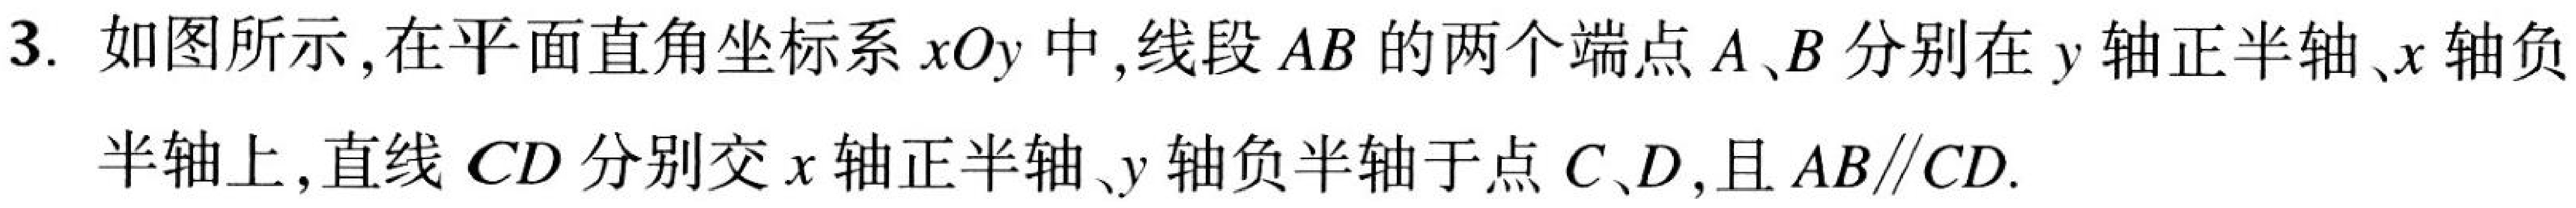
3. 如图所示,在平面直角坐标系\(xOy\)中,线段\(AB\)的两个端点\(A、B\)分别在\(y\)轴正半轴、\(x\)轴负半轴上,直线 \(CD\)分别交\(x\)轴正半轴、\(y\)轴负半轴于点 \(C、D\),且\(AB\parallel CD\).